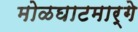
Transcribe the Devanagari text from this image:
मोळघाटमार्गे